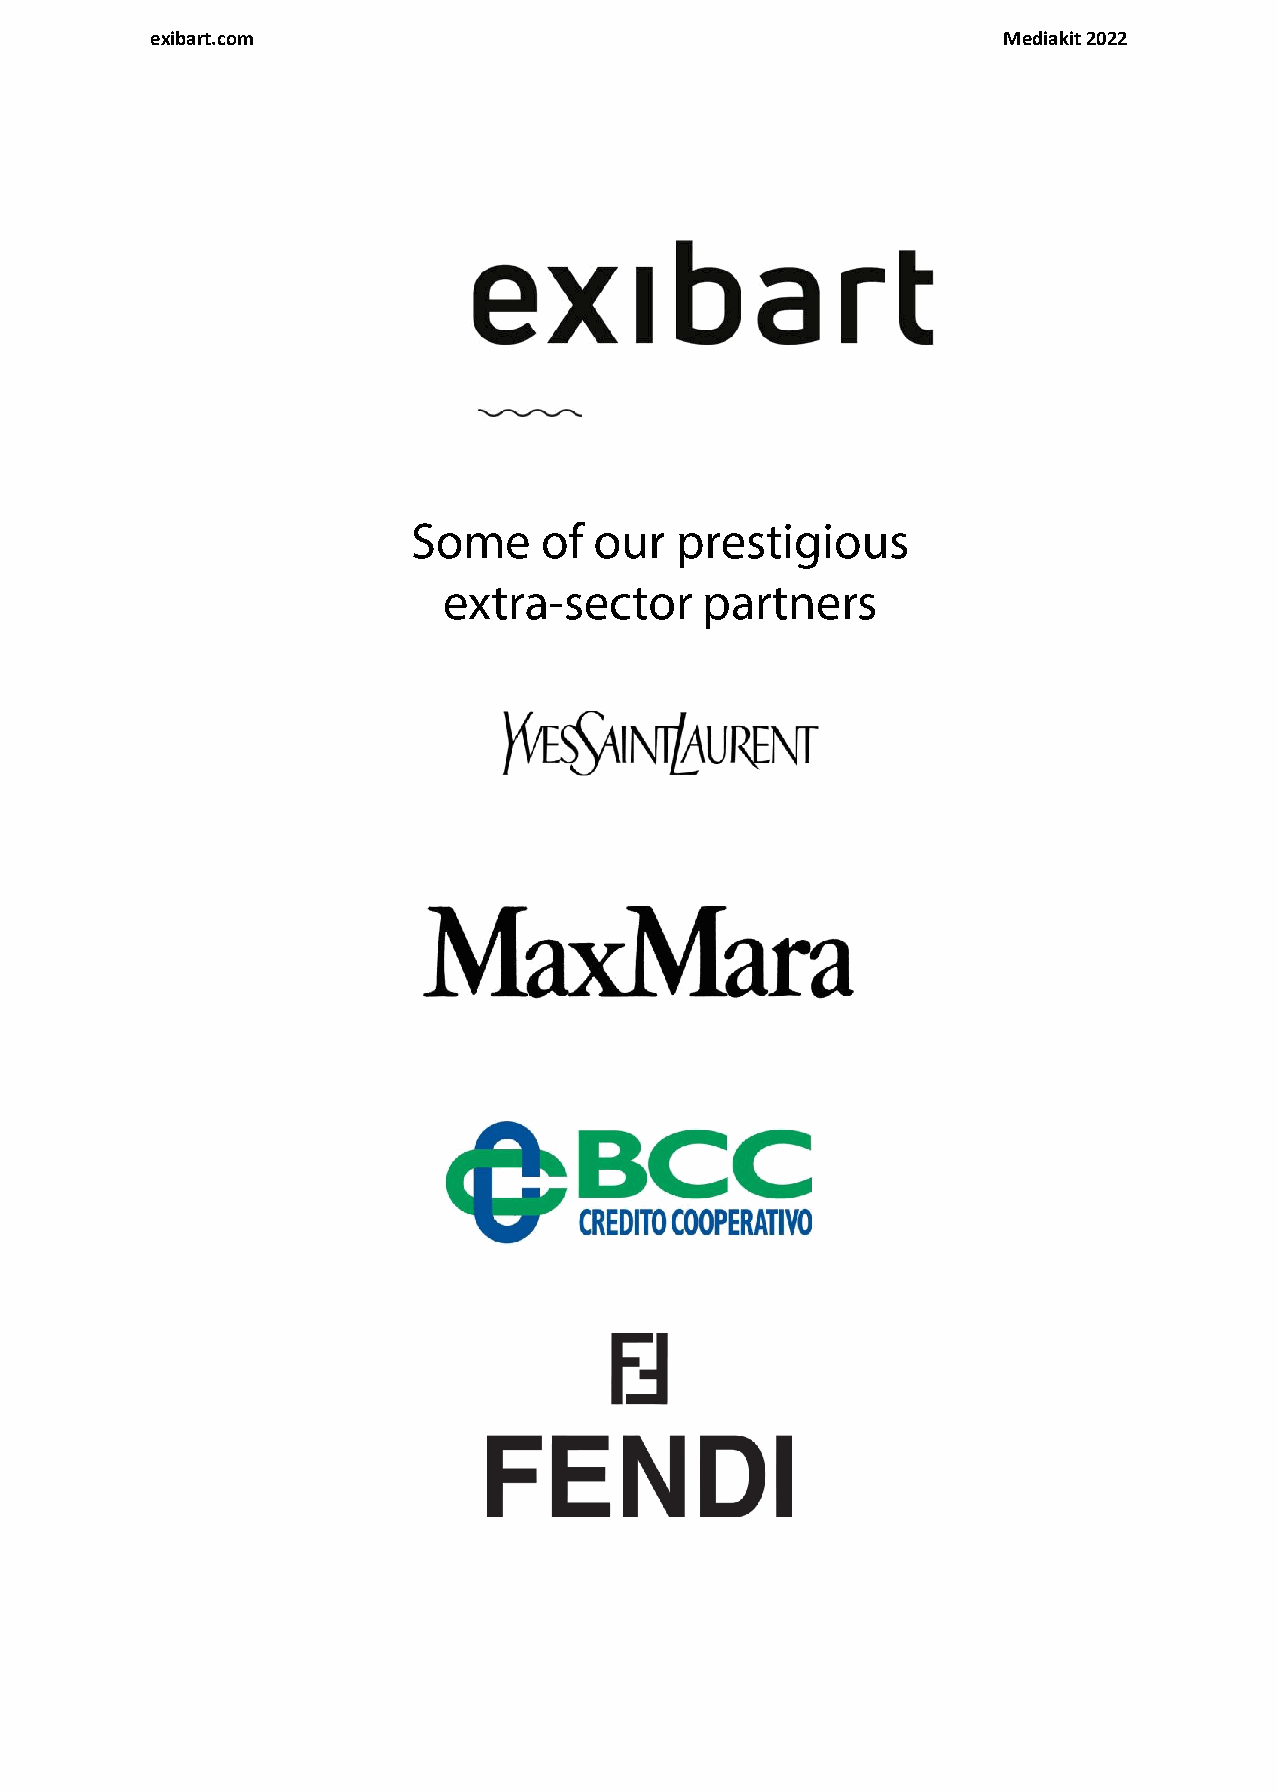
exibart.com                                             Mediakit 2022